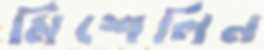
মিশেলিন